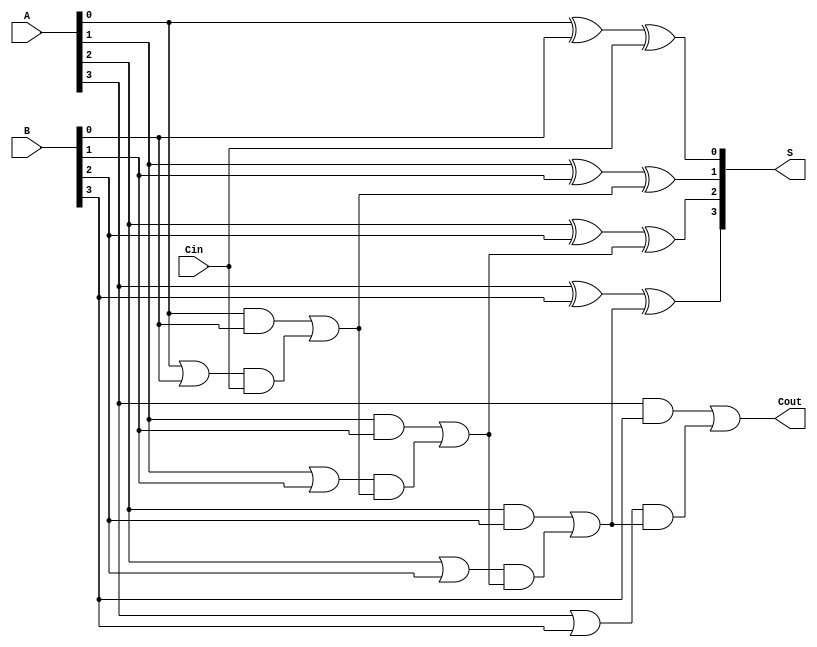
module carry_lookahead_adder #(parameter n = 4) (
    input  [n-1:0] A,   // First n-bit input
    input  [n-1:0] B,   // Second n-bit input
    input          Cin,  // Carry-in
    output [n-1:0] S,    // Sum output
    output         Cout   // Carry-out
);

    // Generate and Propagate signals
    wire [n-1:0] G;  // Generate signals
    wire [n-1:0] P;  // Propagate signals
    wire [n:0] C;    // Carry signals

    // Generate and Propagate logic
    genvar i;
    generate
        for (i = 0; i < n; i = i + 1) begin : generate_propagate
            assign G[i] = A[i] & B[i];      // Gi = Ai AND Bi
            assign P[i] = A[i] | B[i];      // Pi = Ai OR Bi
        end
    endgenerate

    // Carry Generation Logic
    assign C[0] = Cin; // C0 = Cin
    generate
        for (i = 0; i < n; i = i + 1) begin : carry_logic
            assign C[i + 1] = G[i] | (P[i] & C[i]); // Ci+1 = Gi OR (Pi AND Ci)
        end
    endgenerate
    
    // Sum Calculation
    generate
        for (i = 0; i < n; i = i + 1) begin : sum_logic
            assign S[i] = A[i] ^ B[i] ^ C[i]; // Si = Ai XOR Bi XOR Ci
        end
    endgenerate

    // Carry-out output
    assign Cout = C[n]; // Cout = Cn

endmodule